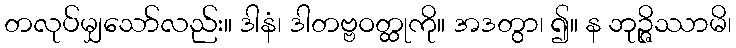
တလုပ်မျှသော်လည်း။ ဒါနံ၊ ဒါတဗ္ဗဝတ္ထုကို။ အဒတွာ၊ ၍။ န ဘုဉ္ဇိဿာမိ၊